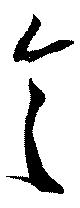
令